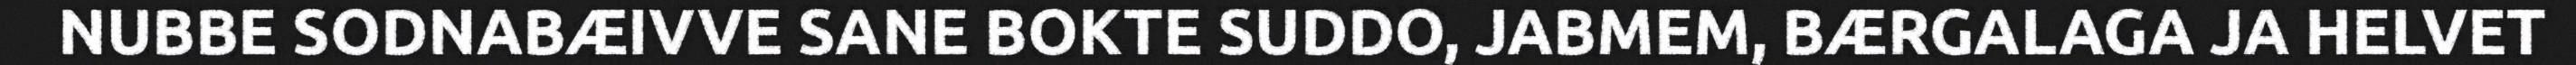
NUBBE SODNABÆIVVE SANE BOKTE SUDDO, JABMEM, BÆRGALAGA JA HELVET